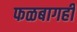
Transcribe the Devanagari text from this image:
फळबागही